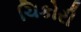
ચિકોરી